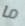
ما